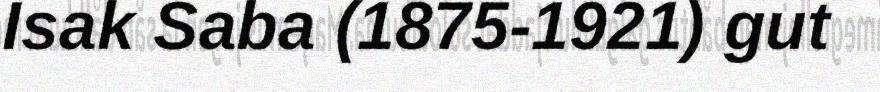
Isak Saba (1875-1921) gut